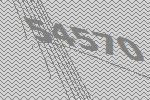
54570